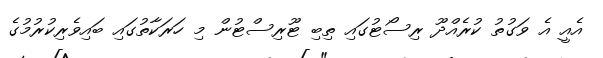
އެއީ އެ ވަގުތު ކުރެއްދޫ ރިސޯޓުގައި ތިބި ޓޫރިސްޓުން މި ހަރަކާތުގައި ބައިވެރިކުރުމުގެ